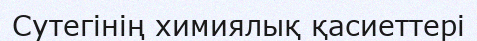
Сутегінің химиялық қасиеттері